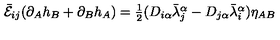
\bar { \cal E } _ { i j } ( \partial _ { A } h _ { B } + \partial _ { B } h _ { A } ) = \textstyle { \frac { 1 } { 2 } } ( D _ { i \alpha } \bar { \lambda } _ { j } ^ { \alpha } - D _ { j \alpha } \bar { \lambda } _ { i } ^ { \alpha } ) \eta _ { A B }